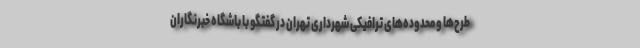
طرح‌ها و محدوده‌های ترافیکی شهرداری تهران در گفتگو با باشگاه خبرنگاران